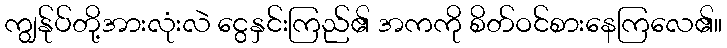
ကျွန်ုပ်တို့အားလုံးလဲ ငွေနှင်းကြည်၏ အကကို စိတ်ဝင်စားနေကြလေ၏။